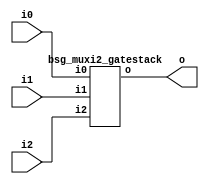


module top
(
  i0,
  i1,
  i2,
  o
);

  input [31:0] i0;
  input [31:0] i1;
  input [31:0] i2;
  output [31:0] o;

  bsg_muxi2_gatestack
  wrapper
  (
    .i0(i0),
    .i1(i1),
    .i2(i2),
    .o(o)
  );


endmodule



module bsg_muxi2_gatestack
(
  i0,
  i1,
  i2,
  o
);

  input [31:0] i0;
  input [31:0] i1;
  input [31:0] i2;
  output [31:0] o;
  wire [31:0] o;
  wire N0,N1,N2,N3,N4,N5,N6,N7,N8,N9,N10,N11,N12,N13,N14,N15,N16,N17,N18,N19,N20,N21,
  N22,N23,N24,N25,N26,N27,N28,N29,N30,N31,N32,N33,N34,N35,N36,N37,N38,N39,N40,N41,
  N42,N43,N44,N45,N46,N47,N48,N49,N50,N51,N52,N53,N54,N55,N56,N57,N58,N59,N60,N61,
  N62,N63,N64,N65,N66,N67,N68,N69,N70,N71,N72,N73,N74,N75,N76,N77,N78,N79,N80,N81,
  N82,N83,N84,N85,N86,N87,N88,N89,N90,N91,N92,N93,N94,N95;
  assign N33 = (N0)? i1[0] : 
               (N32)? i0[0] : 1'b0;
  assign N0 = i2[0];
  assign N35 = (N1)? i1[1] : 
               (N34)? i0[1] : 1'b0;
  assign N1 = i2[1];
  assign N37 = (N2)? i1[2] : 
               (N36)? i0[2] : 1'b0;
  assign N2 = i2[2];
  assign N39 = (N3)? i1[3] : 
               (N38)? i0[3] : 1'b0;
  assign N3 = i2[3];
  assign N41 = (N4)? i1[4] : 
               (N40)? i0[4] : 1'b0;
  assign N4 = i2[4];
  assign N43 = (N5)? i1[5] : 
               (N42)? i0[5] : 1'b0;
  assign N5 = i2[5];
  assign N45 = (N6)? i1[6] : 
               (N44)? i0[6] : 1'b0;
  assign N6 = i2[6];
  assign N47 = (N7)? i1[7] : 
               (N46)? i0[7] : 1'b0;
  assign N7 = i2[7];
  assign N49 = (N8)? i1[8] : 
               (N48)? i0[8] : 1'b0;
  assign N8 = i2[8];
  assign N51 = (N9)? i1[9] : 
               (N50)? i0[9] : 1'b0;
  assign N9 = i2[9];
  assign N53 = (N10)? i1[10] : 
               (N52)? i0[10] : 1'b0;
  assign N10 = i2[10];
  assign N55 = (N11)? i1[11] : 
               (N54)? i0[11] : 1'b0;
  assign N11 = i2[11];
  assign N57 = (N12)? i1[12] : 
               (N56)? i0[12] : 1'b0;
  assign N12 = i2[12];
  assign N59 = (N13)? i1[13] : 
               (N58)? i0[13] : 1'b0;
  assign N13 = i2[13];
  assign N61 = (N14)? i1[14] : 
               (N60)? i0[14] : 1'b0;
  assign N14 = i2[14];
  assign N63 = (N15)? i1[15] : 
               (N62)? i0[15] : 1'b0;
  assign N15 = i2[15];
  assign N65 = (N16)? i1[16] : 
               (N64)? i0[16] : 1'b0;
  assign N16 = i2[16];
  assign N67 = (N17)? i1[17] : 
               (N66)? i0[17] : 1'b0;
  assign N17 = i2[17];
  assign N69 = (N18)? i1[18] : 
               (N68)? i0[18] : 1'b0;
  assign N18 = i2[18];
  assign N71 = (N19)? i1[19] : 
               (N70)? i0[19] : 1'b0;
  assign N19 = i2[19];
  assign N73 = (N20)? i1[20] : 
               (N72)? i0[20] : 1'b0;
  assign N20 = i2[20];
  assign N75 = (N21)? i1[21] : 
               (N74)? i0[21] : 1'b0;
  assign N21 = i2[21];
  assign N77 = (N22)? i1[22] : 
               (N76)? i0[22] : 1'b0;
  assign N22 = i2[22];
  assign N79 = (N23)? i1[23] : 
               (N78)? i0[23] : 1'b0;
  assign N23 = i2[23];
  assign N81 = (N24)? i1[24] : 
               (N80)? i0[24] : 1'b0;
  assign N24 = i2[24];
  assign N83 = (N25)? i1[25] : 
               (N82)? i0[25] : 1'b0;
  assign N25 = i2[25];
  assign N85 = (N26)? i1[26] : 
               (N84)? i0[26] : 1'b0;
  assign N26 = i2[26];
  assign N87 = (N27)? i1[27] : 
               (N86)? i0[27] : 1'b0;
  assign N27 = i2[27];
  assign N89 = (N28)? i1[28] : 
               (N88)? i0[28] : 1'b0;
  assign N28 = i2[28];
  assign N91 = (N29)? i1[29] : 
               (N90)? i0[29] : 1'b0;
  assign N29 = i2[29];
  assign N93 = (N30)? i1[30] : 
               (N92)? i0[30] : 1'b0;
  assign N30 = i2[30];
  assign N95 = (N31)? i1[31] : 
               (N94)? i0[31] : 1'b0;
  assign N31 = i2[31];
  assign N32 = ~i2[0];
  assign o[0] = ~N33;
  assign N34 = ~i2[1];
  assign o[1] = ~N35;
  assign N36 = ~i2[2];
  assign o[2] = ~N37;
  assign N38 = ~i2[3];
  assign o[3] = ~N39;
  assign N40 = ~i2[4];
  assign o[4] = ~N41;
  assign N42 = ~i2[5];
  assign o[5] = ~N43;
  assign N44 = ~i2[6];
  assign o[6] = ~N45;
  assign N46 = ~i2[7];
  assign o[7] = ~N47;
  assign N48 = ~i2[8];
  assign o[8] = ~N49;
  assign N50 = ~i2[9];
  assign o[9] = ~N51;
  assign N52 = ~i2[10];
  assign o[10] = ~N53;
  assign N54 = ~i2[11];
  assign o[11] = ~N55;
  assign N56 = ~i2[12];
  assign o[12] = ~N57;
  assign N58 = ~i2[13];
  assign o[13] = ~N59;
  assign N60 = ~i2[14];
  assign o[14] = ~N61;
  assign N62 = ~i2[15];
  assign o[15] = ~N63;
  assign N64 = ~i2[16];
  assign o[16] = ~N65;
  assign N66 = ~i2[17];
  assign o[17] = ~N67;
  assign N68 = ~i2[18];
  assign o[18] = ~N69;
  assign N70 = ~i2[19];
  assign o[19] = ~N71;
  assign N72 = ~i2[20];
  assign o[20] = ~N73;
  assign N74 = ~i2[21];
  assign o[21] = ~N75;
  assign N76 = ~i2[22];
  assign o[22] = ~N77;
  assign N78 = ~i2[23];
  assign o[23] = ~N79;
  assign N80 = ~i2[24];
  assign o[24] = ~N81;
  assign N82 = ~i2[25];
  assign o[25] = ~N83;
  assign N84 = ~i2[26];
  assign o[26] = ~N85;
  assign N86 = ~i2[27];
  assign o[27] = ~N87;
  assign N88 = ~i2[28];
  assign o[28] = ~N89;
  assign N90 = ~i2[29];
  assign o[29] = ~N91;
  assign N92 = ~i2[30];
  assign o[30] = ~N93;
  assign N94 = ~i2[31];
  assign o[31] = ~N95;

endmodule